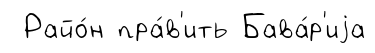
Райо́н пра́в'ить Бава́р'иjа